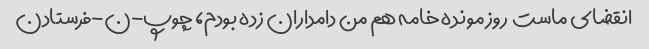
انقضای ماست  روز مونده خامه هم من دامداران زده بودم، چوپ-ن-فرستادن